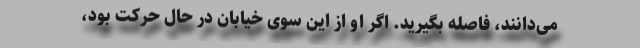
می‌دانند، فاصله بگیرید. اگر او از این سوی خیابان در حال حرکت بود،